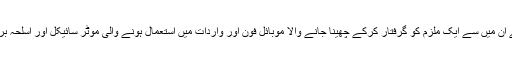
پولیس نے ان میں سے ایک ملزم کو گرفتار کرکے چھینا جانے والا موبائل فون اور واردات میں استعمال ہونے والی موٹر سائیکل اور اسلحہ برآمد کرلیا۔